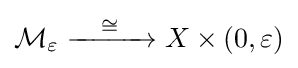
{\mathcal {M}}_{\varepsilon }\xrightarrow {\quad \cong \quad } X\times (0,\varepsilon )